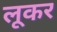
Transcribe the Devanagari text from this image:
लूकर